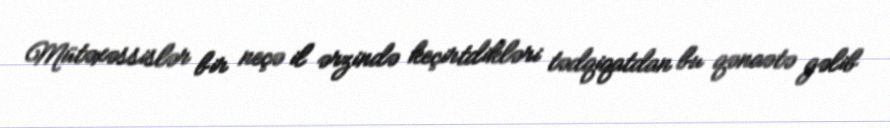
Mütəxəssislər bir neçə il ərzində keçirtdikləri tədqiqatdan bu qənaətə gəlib